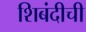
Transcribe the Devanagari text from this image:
शिबंदीची